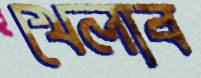
খেলাব